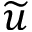
\widetilde { u }